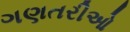
ગણતરીઓ